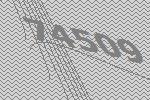
74509